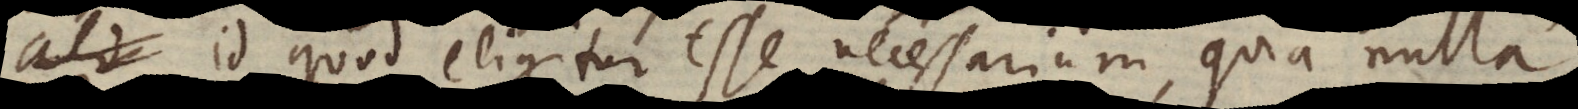
quod eligitur esse necessarium, quia nulla